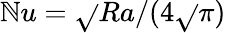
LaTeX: \mathbb{N}u=\sqrt{}{{Ra}}/(4\sqrt{}{{\pi}})